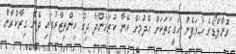
ރޮނާލްޑޯގެ ހުވަފެން ހަގީގަތަކަށް ހެދުމަށް އޭނާ ކުރަމުންދާ ދިގު އިންތިޒާރުގައި ދެން ގިރާކުރާން